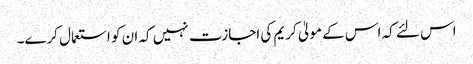
اس لئے کہ اس کے مولیٰ کریم کی اجازت نہیں کہ ان کو استعمال کرے۔